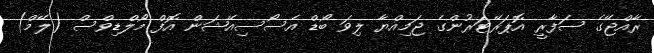
ރާއްޖޭގެ ސަފާރީ އޮޕަރޭޓަރުންގެ ޖަމިއްޔާ ލިވަ ބޯޑް އެސޯސިއޭޝަން އޮފް މޯލްޑިވްސް (ލޭމް)